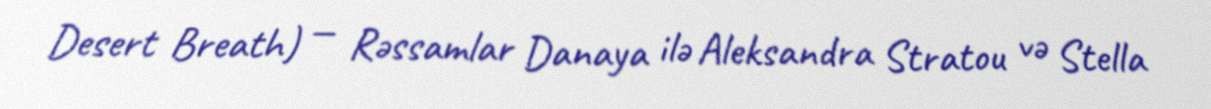
Desert Breath) — Rəssamlar Danaya ilə Aleksandra Stratou və Stella